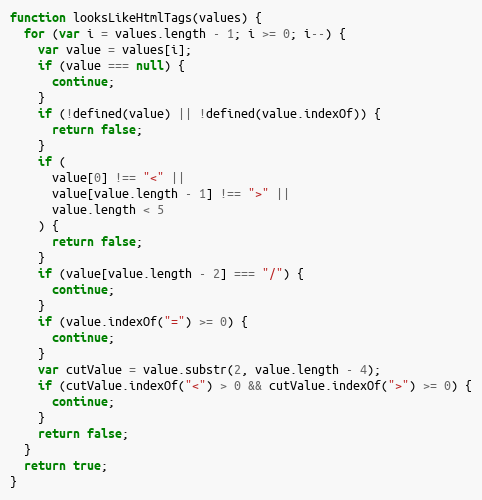
Language: JavaScript
function looksLikeHtmlTags(values) {
  for (var i = values.length - 1; i >= 0; i--) {
    var value = values[i];
    if (value === null) {
      continue;
    }
    if (!defined(value) || !defined(value.indexOf)) {
      return false;
    }
    if (
      value[0] !== "<" ||
      value[value.length - 1] !== ">" ||
      value.length < 5
    ) {
      return false;
    }
    if (value[value.length - 2] === "/") {
      continue;
    }
    if (value.indexOf("=") >= 0) {
      continue;
    }
    var cutValue = value.substr(2, value.length - 4);
    if (cutValue.indexOf("<") > 0 && cutValue.indexOf(">") >= 0) {
      continue;
    }
    return false;
  }
  return true;
}